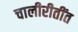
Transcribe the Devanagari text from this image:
चालीरीतींत